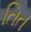
તિત